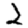
Digit: 2